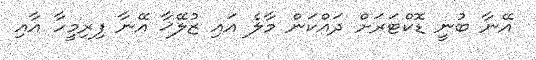
އޭނާ ބުނީ ޑޮކްޓަރަށް ދައްކަން މާލެ އައި ޒުލޭޚާ އޭނާ ފިރިމީހާ އާއި